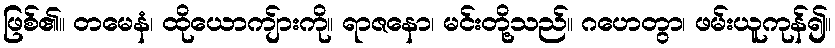
ဖြစ်၏။ တမေနံ၊ ထိုယောကျ်ားကို။ ရာဇနော၊ မင်းတို့သည်။ ဂဟေတွာ၊ ဖမ်းယူကုန်၍။